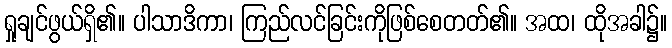
ရှုချင်ဖွယ်ရှိ၏။ ပါသာဒိကာ၊ ကြည်လင်ခြင်းကိုဖြစ်စေတတ်၏။ အထ၊ ထိုအခါ၌။